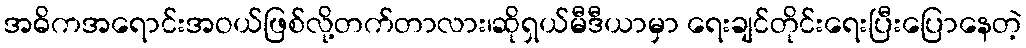
အဓိကအရောင်းအဝယ်ဖြစ်လို့တက်တာလား၊ဆိုရှယ်မီဒီယာမှာ ရေးချင်တိုင်းရေးပြီးပြောနေတဲ့